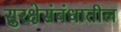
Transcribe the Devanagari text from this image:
सुरक्षेसंबंधातील